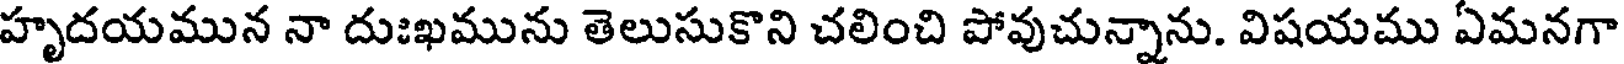
హృదయమున నా దుఃఖమును తెలుసుకొని చలించి పోవుచున్నాను. విషయము ఏమనగా